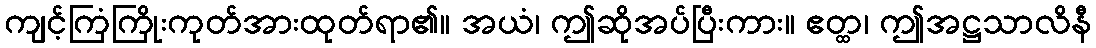
ကျင့်ကြံကြိုးကုတ်အားထုတ်ရာ၏။ အယံ၊ ဤဆိုအပ်ပြီးကား။ ဧတ္ထ၊ ဤအဋ္ဌသာလိနီ